Calcutta medical institutions reports 1871-78
Year: 1871
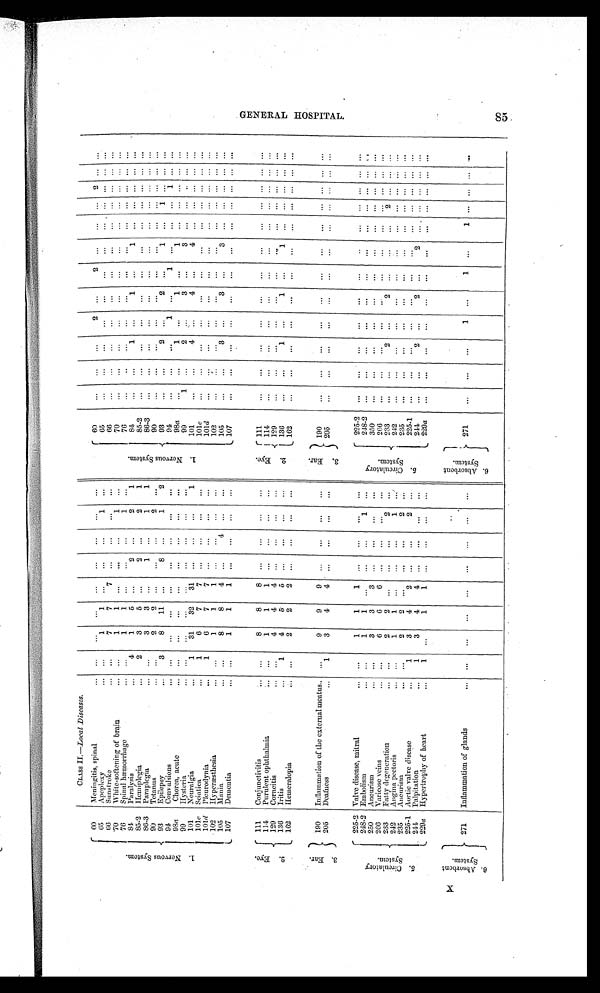
1 . N e r v o u s S y s t e m .
CLASS 11.—Local Diseases.
1 . N e r v o u s S y s t e m .
n
6 0
Meningitis, spinal
...
. . .
. . .
. . .
. . .
. . .
. . .
. . .
60
. . .
. . .
. . . 2
. . .
2
. . .
. . .
. . .
2
. . .
. . .
6 5 Apoplexy
...
1
1
...
. . .
. . .
1
. . .
65
. . .
. . .
. . .
. . .
. . . ...
...
. . .
...
...
...
...
66
Sunstroke
...
7
7
7
. . .
. . .
. . .
. . .
6 6
. . .
. . .
. . .
. . .
. . .
. . .
. . .
. . .
. . . ...
. . .
. . .
70
White-softening of brain
. . .
1
1
...
. . .
. . .
1
. . .
70
. . .
. . .
... ...
. . .
...
...
. . .
. . . ...
. . .
. . .
76
Spinal hæmorrhage
...
1
1
...
. . .
. . .
1
...
7 6
. . .
. . .
. . .
...
. . .
. . .
...
. . .
. . . ...
. . .
. . .
84
Paralysis
4
1
5
...
2
. . .
2
1
84
. . .
. . .
1 ...
1
...
1
. . .
. . . ...
. . .
. . .
85-2 Hemiplegia
2
3
5
. . .
2
. . .
2
1
85-2
. . .
...
...
. . .
. . .
. . .
. . .
. . .
. . . ...
. . .
. . .
86-3
Paraplegia
. . .
3
3
...
1
. . .
1
1
8 6 - 2
. . .
. . .
. . .
. . .
. . .
...
...
. . .
. . . ...
. . .
. . .
90
Tetanus
...
2
2
. . .
. . .
. . .
2
. . .
90
. . .
...
. . .
. . .
. . .
. . .
. . .
. . .
. . . ...
. . .
. . .
93
Epilepsy
3
8
11
...
8
. . .
1
2
9 3
...
...
2 ...
2
... 1
...
1 ...
. . .
. . .
94.
Convulsions
...
. . .
. . .
. . .
. . .
...
. . .
. . .
94
. . .
. . .
... 1
. . .
1
. . .
. . .
. . . 1
. . .
. . .
98 a
Chorea, acute
...
. . .
...
...
. . .
. . .
. . .
. . .
98a
. . .
. . .
1 ...
1 ... 1
. . .
. . . ...
. . .
. . .
99
Hysteria
. . .
...
...
. . .
. . .
...
...
. . .
99
1
. . . 2
...
3
...
3
. . .
. . . ...
. . .
. . .
101
Neuralgia
1
31
32
31
...
. . .
. . .
1
101
. . .
...
4
. . .
4
...
4
...
. . . ...
. . .
. . .
1 0 1 c Sciatica
1
6
7
7
. . .
. . .
. . .
...
101c
. . .
. . .
... ...
. .
...
...
. . .
. . . ...
. . .
. . .
101 d Plcurodynia
1
6
7
7
. . .
. . .
. . .
...
101d
. . .
. . .
. . .
...
. . .
. . .
. . .
. . .
. . .
...
. . .
. . .
102
Hyperæsthesia
. . .
1
1 1
. . .
. . .
. . .
. . .
102
. . .
. . .
. . . ...
. . .
...
. . .
. . .
. . .
...
. . .
. . .
105
Mania
...
. . .
8
8
4
. . .
4
. . .
. . .
105
. . .
. . . 3
...
3
...
3
. . .
. . . ...
. . .
. . .
107
Dementia
...
1
1 1
. . .
. . .
. . .
. . .
107
. . .
. . .
. . .
. . .
. . .
. . .
. . .
. . .
...
...
...
...
2 . E y e .
111
Conjunctivitis
...
8
8
8
. . .
. . .
. . .
. . .
2 . E y e
111
. . .
. . .
. . .
. . .
. . .
. . .
. . .
. . .
. . .
...
. . .
. . .
114
Purulent ophthalmia
. . .
1
1 1
. . .
. . .
. . .
. . .
114
. . .
. . .
. . .
. . .
. . .
. . .
...
. . .
. . . ...
. . .
. . .
129
Corneitis
. . .
4
4
4
. . .
. . .
. . .
. . .
129
. . .
. . .
. . . ...
. . .
. . .
. . .
. . .
. . . ...
. . .
. . .
136
Iritis
1
4
5 5
. . .
. . .
. . .
. . .
136
. . .
. . . 1
...
1
. . .
1
. . .
. . . ...
. . .
. . .
162
Hemeralopia
. . .
2
2
2
...
...
. . .
. . .
t162
. . .
. . .
. . .
. . .
. . .
. . .
. . .
. . .
. . . ...
. . .
. . .
3 . E a r .
190
Inflammation of the external meatus
. . .
9
9
9
. . .
...
. . .
...
3 . E y e .
190
. . .
. . .
. . .
. . .
. . .
. . .
. . .
. . .
. . . ...
. . . . . .
205
Deafness
1
3
4 4
. . .
. . .
. . .
. . .
205
. . .
. . .
. . .
. . .
. . .
. . .
...
. . .
. . . ...
. . .
4 . C i r c u l a t o r y S y s t e m .
225 -2 Valve disease, mitral
...
1
1
1
. . .
. . .
. . .
. . .
5 . Ci r c u l a t o r y Sy s t e m.
225-2
...
. . .
. . .
. . .
. . .
. . .
. . .
. . .
. . . ...
. . .
. . . .
248-2 Embolism
...
1
1 ...
. . .
. . .
1
. . .
248-2
. . .
. . .
...
...
...
...
...
...
... ...
...
. . .
250
Ancurism
. . .
3
3 3
. . .
. . .
. . .
. . .
350
. . .
. . .
... ...
. . .
. . .
...
. . .
. . . ...
. . .
. . .
266
Varicose veins
. . .
6
6 6
. . .
...
. . .
...
2 6 6
. . .
. . .
. . .
. . .
. . .
. . .
. . .
. . .
. . . ...
. . .
. . .
233
Fatty degeneration
...
2
2 ...
...
. . .
2
. . .
2 3 3
. . .
. . .
2 ...
2
...
...
. . .
2 ...
. . .
. . .
2 4 2 Angina pectoris
...
1
1
. . .
...
..
1
..
2 4 2
. . .
. . .
. . .
. . .
. . .
. . .
. . .
. . .
. . . ...
. . .
. . .
235
Ancurism
. . .
2
2
...
. . .
. . .
2
...
235
...
. . .
... ...
. . .
•••
...
. . .
. . . ..
. . .
. . .
225-1 Aortic valve disease
1
3
4
2
...
...
2
...
225-1
. . .
. .
. . .
. . .
. . .
. . .
. . .
. . .
. . . ...
. . .
. .
244
Palpitation
1
3
4 4
. . .
. . .
. . .
. . .
...
...
229a Hypertrophy of heart
1
...
1 1
. . .
. . .
...
. . .
229a
...
...
...
•••
. . .
. . .
. .
. .
. . . ...
. . .
5 .A b s o r b e n t S y s t e m.
271
Inflammation of glands
...
...
...
...
...
...
. . .
. . .
6 . A b s o r b a n t S y s t e m .
271
•••
. . .
. . .
1
... 1
...
1
. . .
...
. . .
. . .
Ch
0
00